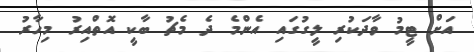
އަށް ޓީމު ވާދަކުރި ލީގުގައި އެންމެ ދެ މެޗު ބާކީ އޮތްއިރު މިހާރު